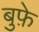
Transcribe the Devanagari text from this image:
बुफ़े